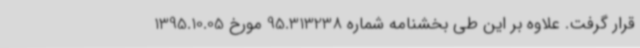
قرار گرفت. علاوه بر این طی بخشنامه‌ شماره 95.313238 مورخ 1395.10.05